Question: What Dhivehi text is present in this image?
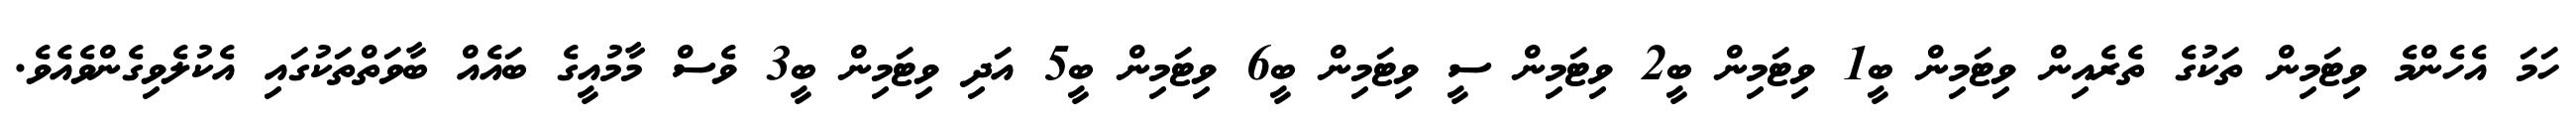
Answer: ހަމަ އެހެންމެ ވިޓަމިން ތަކުގެ ތެރެއިން ވިޓަމިން ބީ1 ވިޓަމިން ބީ2 ވިޓަމިން ސީ ވިޓަމިން ބީ6 ވިޓަމިން ބީ5 އަދި ވިޓަމިން ބީ3 ވެސް މާމުއީގެ ބައެއް ބާވަތްތަކުގައި އެކުލެވިގެންވެއެވެ.